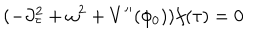
( - \partial _ { \tau } ^ { 2 } + \omega ^ { 2 } + V ^ { \prime \prime } ( \phi _ { 0 } ) ) f ( \tau ) = 0